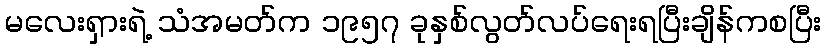
မလေးရှားရဲ့ သံအမတ်က ၁၉၅၇ ခုနှစ်လွတ်လပ်ရေးရပြီးချိန်ကစပြီး